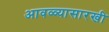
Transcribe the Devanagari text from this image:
आवळ्यासारखी